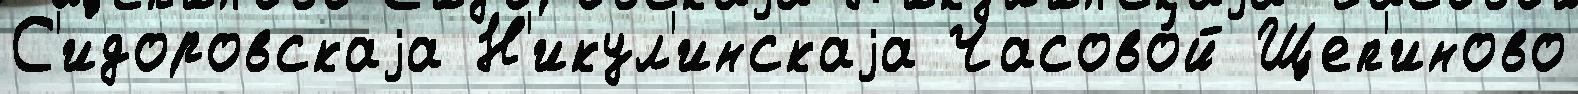
С'идоровскаjа Н'икул'инскаjа Часово́й Щеп'иново